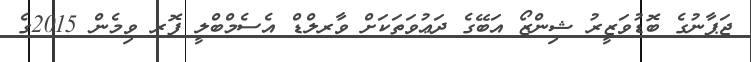
ޖަޕާނުގެ ބޮޑުވަޒީރު ޝިންޒޯ އަބޭގެ ދަޢުވަތަކަށް ވާރލްޑް އެސެމްބްލީ ފޮރ ވިމެން 2015ގެ